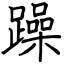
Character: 躁